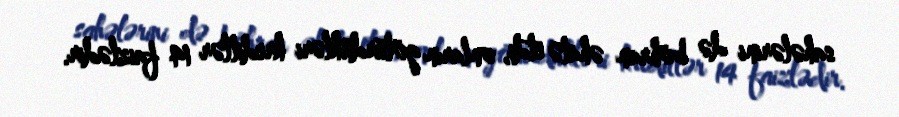
sahələrini də böhran əhatə etdi, onların götürdükləri kreditlər 14 faizlədir.